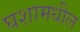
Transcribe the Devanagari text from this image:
घशामधील